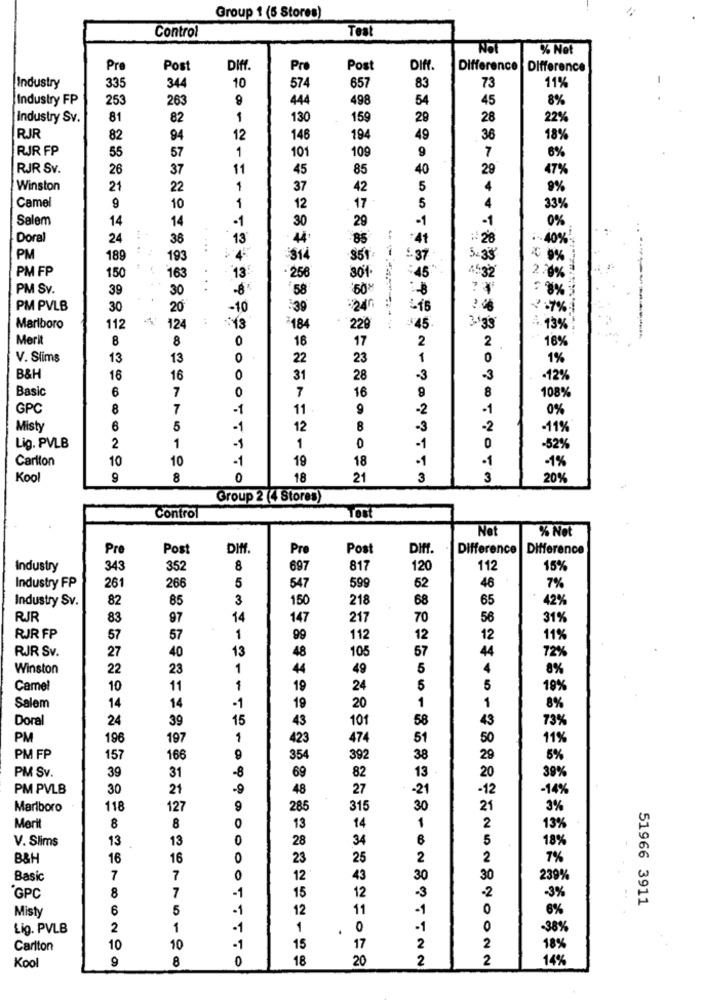
Group 1 (5 Stores)
Control
Test
% Net
Pre
Post
DIff.
Pro
Post
DIff.
Difference
Difference
335
574
Industry
344
10
657
83
73
11%
Industry FP
253
263
9
444
498
54
45
8%
Industry Sv.
81
82
1
130
159
28
28
22%
RJR
82
94
12
148
194
49
36
18%
RJR FP
55
57
1
9
7
101
109
6%
RJR Sv.
26
37
11
45
85
40
29
47%
Winston
21
22
1
37
42
5
4
9%
4
Camel
9
10
12
17
5
33%
Salem
14
14
30
-1
-1
29
0%
Doral
24
36
13
4
85
41
10%
PM
189
193
SI
851
6.37
PM FP
150
13:
163
258
301
:45
PM Sv.
39
30
58
PM PVLB
30
20
-10
30
:24
.7%
Marlboro
112
124
$43
184
229
$45
13%
Merit
8
8
0
16
17
2
2
16%
V. Slims
13
13
0
22
23
1
0
1%
B&H
16
16
O
31
28
-3
-3
·12%
Basic
6
7
0
16
8
7
108%
GPC
8
7
-1
11
9
-2
-1
0%
Misty
6
5
1
12
8
-3
-2
-11%
1
Lig. PVLB
2
-1
1
0
-1
0
-52%
Carlton
10
10
-1
19
18
-1
·1
-1%
Kool
9
8
0
18
21
3
3
209
Group 2 (4Stores)
Control
Tost
Net
% Not
Pre
Post
DIN.
Pre
Post
Diff.
Difference Difference
Industry
343
352
8
697
817
120
112
15%
261
Industry FP
266
5
547
599
62
46
7%
Industry Sv.
82
85
3
150
218
68
65
42%
RJR
83
97
14
147
217
70
56
31%
RJR FP
57
57
1
99
112
12
12
11%
RJR Sv.
27
40
13
48
57
44
105
72%
Winston
22
23
1
44
49
5
4
8%
Camel
10
11
1
19
24
5
5
19%
14
1
1
Salem
14
-1
19
20
8%
Doral
24
39
15
43
101
58
43
73%
PM
196
197
1
423
474
51
50
11%
PM FP
157
166
9
354
392
38
29
5%
PM Sv.
39
31
-8
69
13
20
39%
82
PM PVLB
30
21
48
27
-21
-12
-14%
Marlboro
118
127
9
285
315
30
21
3%
0
Merit
8
8
13
14
1
2
19%
V. Slims
13
13
28
34
5
18%
B&H
16
16
0
23
25
2
2
7%
Basic
7
7
0
12
43
30
30
239%
8
7
-1
15
-3
-2
"GPC
12
-3%
51966 3911
Misty
6
5
-1
12
11
-1
0
6%
Lig. PVLB
2
1
-1
1
0
-1
0
-38%
Carlton
10
-1
15
17
2
2
18%
Kool
8
18
20
2
2
14%